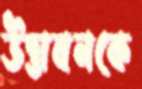
উদ্ভাবনকে